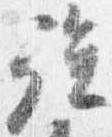
強